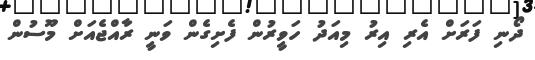
ދޯނި ފަރަށް އެރި އިރު މިއަދު ހަވީރުން ފެށިގެން ވަނީ ރާއްޖެއަށް މޫސުން